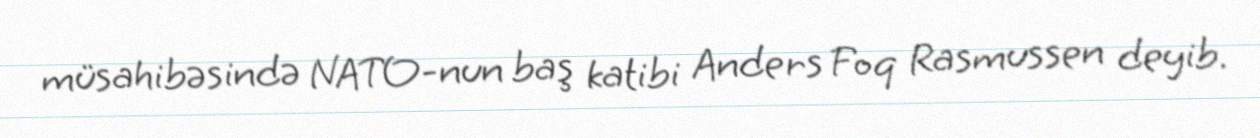
müsahibəsində NATO-nun baş katibi Anders Foq Rasmussen deyib.